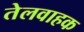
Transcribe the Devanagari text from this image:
तेलवाहक